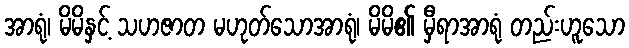
အာရုံ၊ မိမိနှင့် သဟဇာတ မဟုတ်သောအာရုံ၊ မိမိ၏ မှီရာအာရုံ တည်းဟူသော